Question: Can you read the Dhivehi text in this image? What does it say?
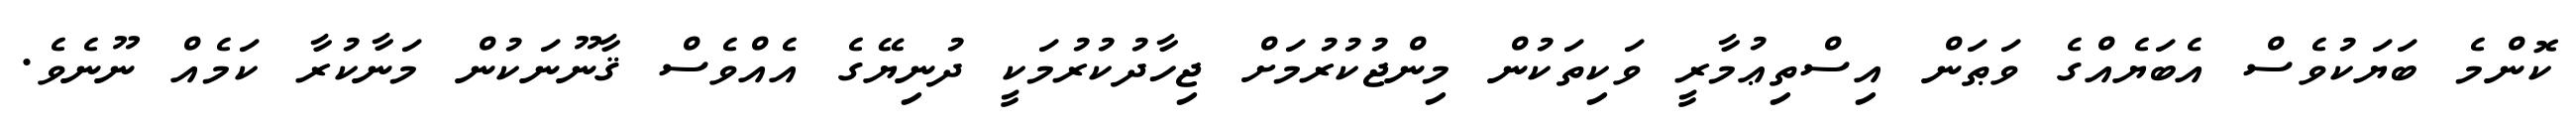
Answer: ކޮންމެ ބަޔަކުވެސް އެބަޔެއްގެ ވަޠަން އިސްތިޢުމާރީ ވަކިތަކުން މިންޖުކުރުމަށް ޖިހާދުކުރުމަކީ ދުނިޔޭގެ އެއްވެސް ޤާނޫނަކުން މަނާކުރާ ކަމެއް ނޫނެވެ.